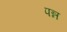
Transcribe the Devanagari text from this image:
पन्न